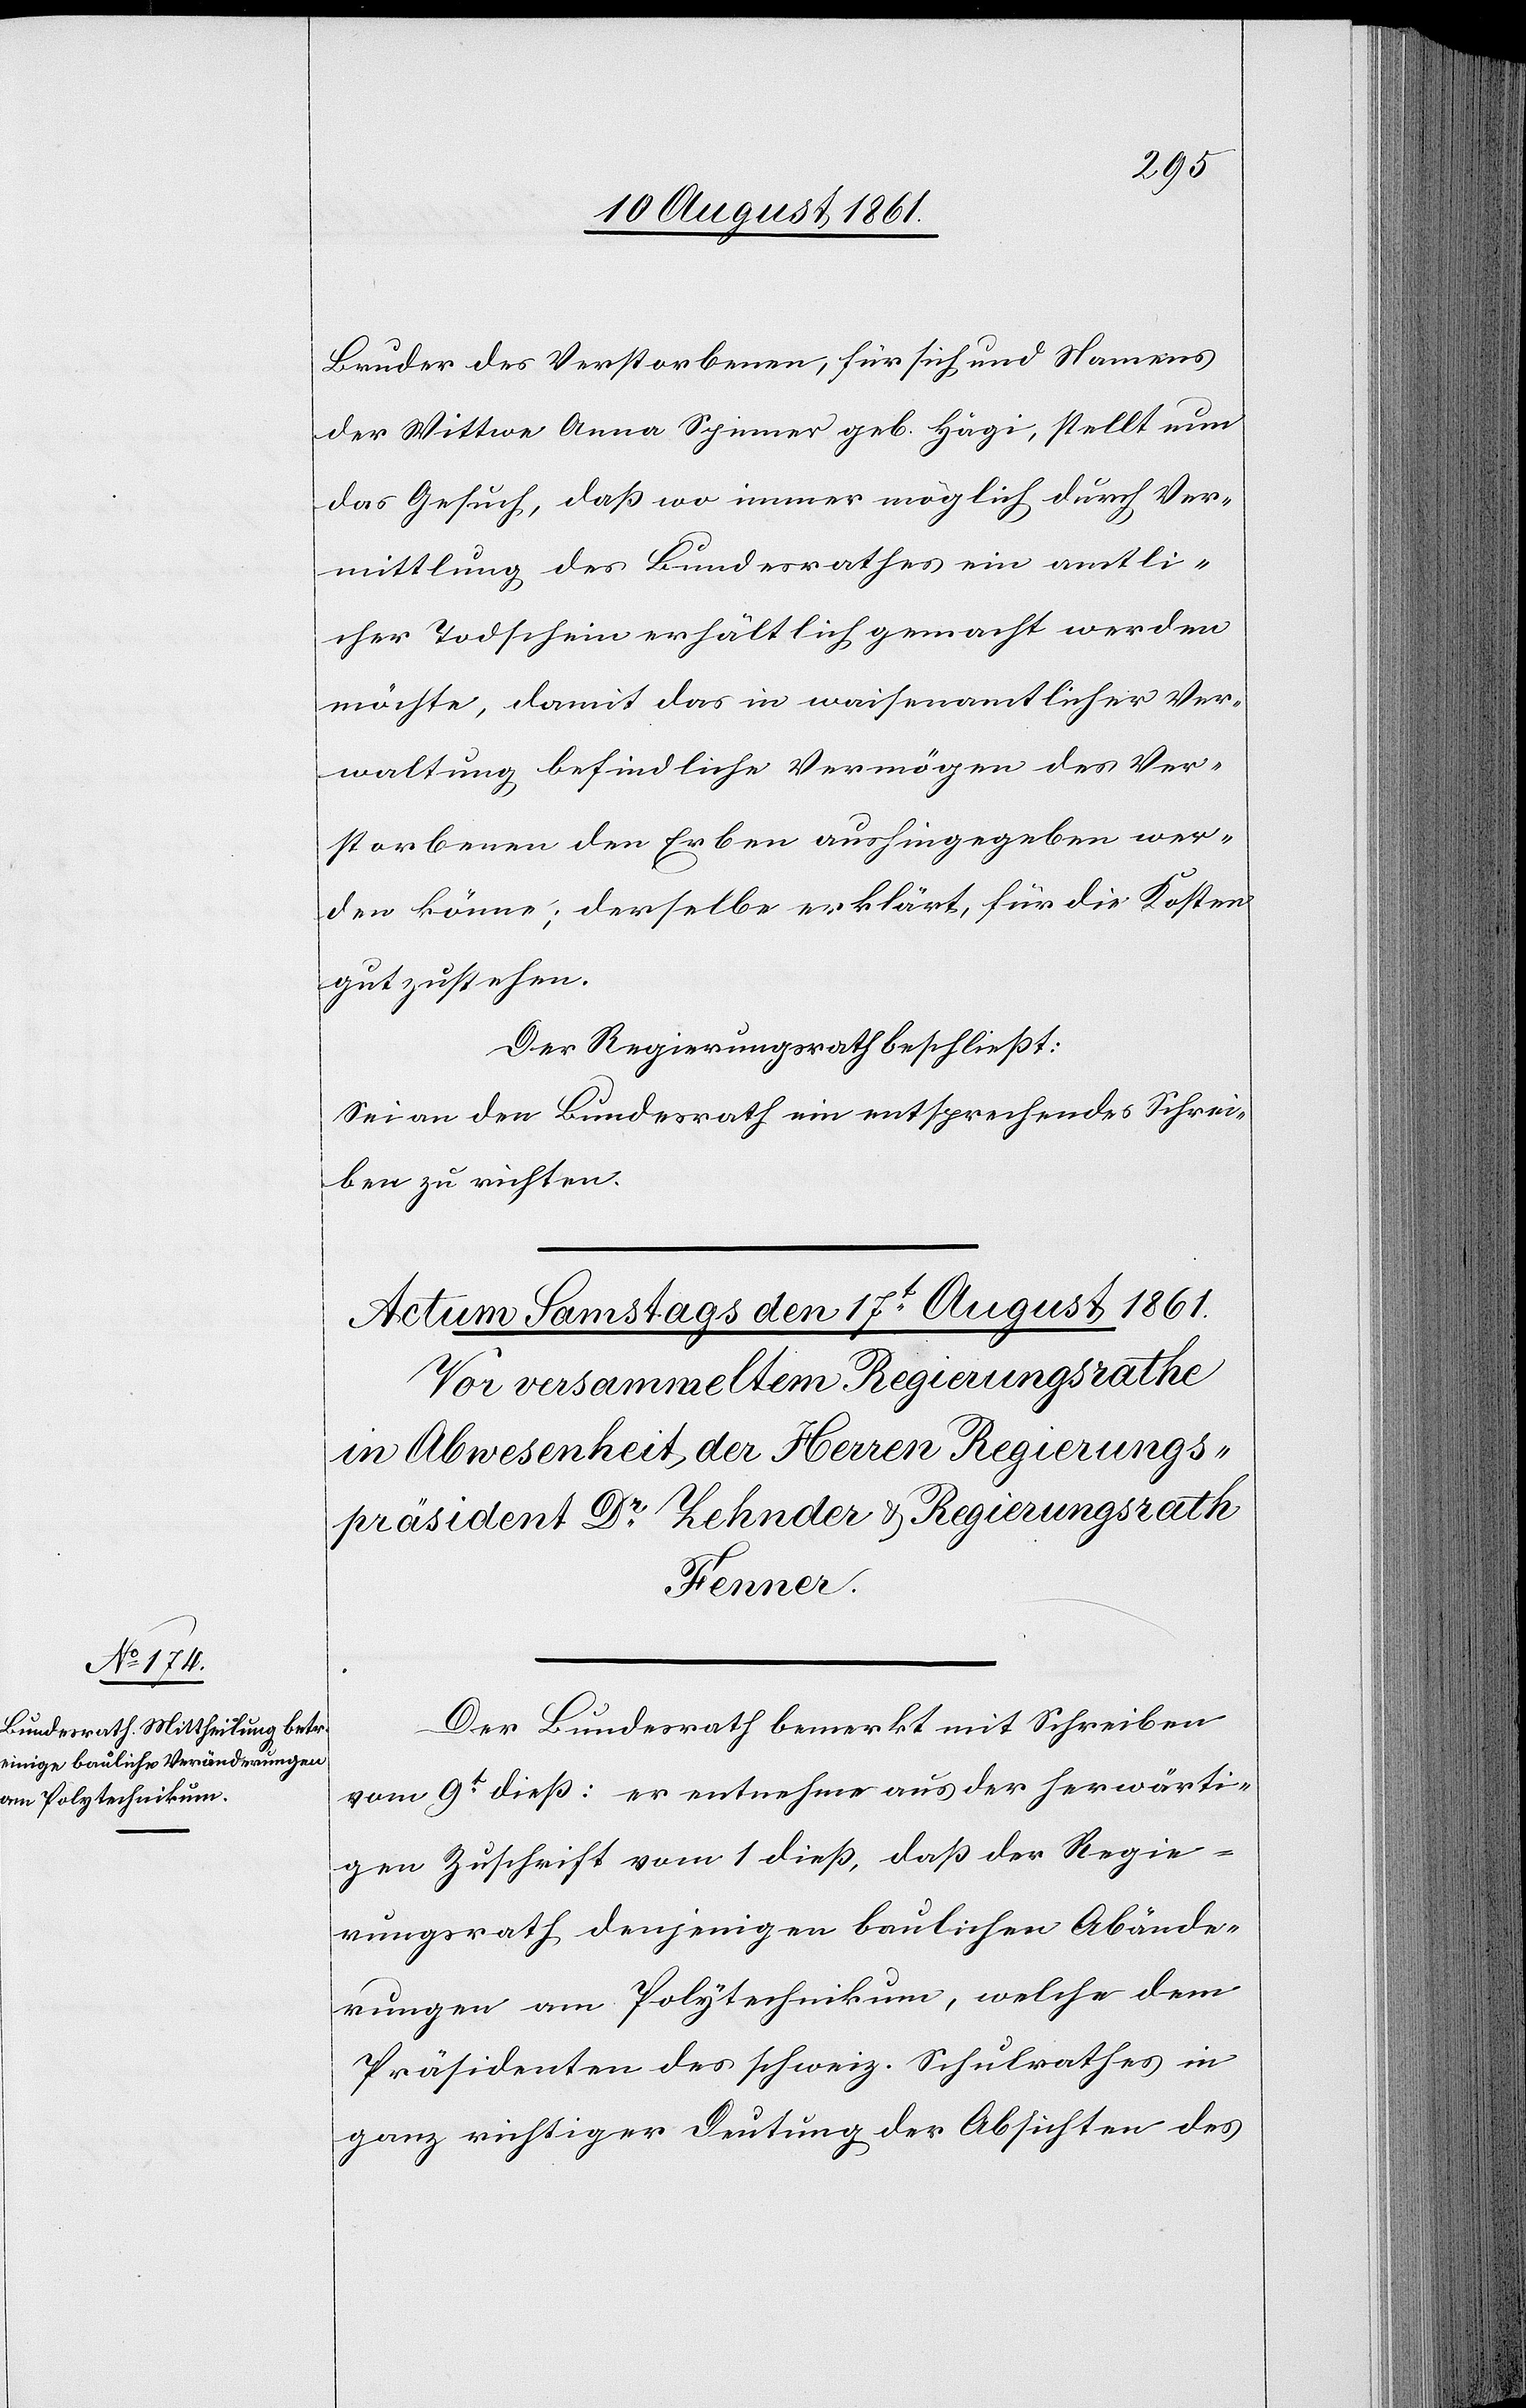
Bruder des Verstorbenen, für sich und Namens
der Wittwe Anna Spinner geb. Hägi, stellt nun
das Gesuch, daß wo immer möglich durch Ver¬
mittlung des Bundesrathes ein amtli¬
cher Todschein erhältlich gemacht werden
möchte, damit das in waisenamtlicher Ver¬
waltung befindliche Vermögen des Ver¬
storbenen dem Erben aushingegeben wer¬
den könne; derselbe erklärt, für die Kosten
gutzustehen.
Der Regierungsrath beschließt:
Sei an den Bundesrath ein entsprechendes Schrei¬
ben zu richten:
Der Bundesrath bemerkt mit Schreiben
vom 9t dieß: er entnehme aus der herwärti¬
gen Zuschrift vom 1 dieß, daß der Regie¬
rungsrath denjenigen baulichen Abände¬
rungen am Polytechnikum, welche dem
Präsidenten des schweiz. Schulrathes in
ganz richtiger Deutung der Absichten des